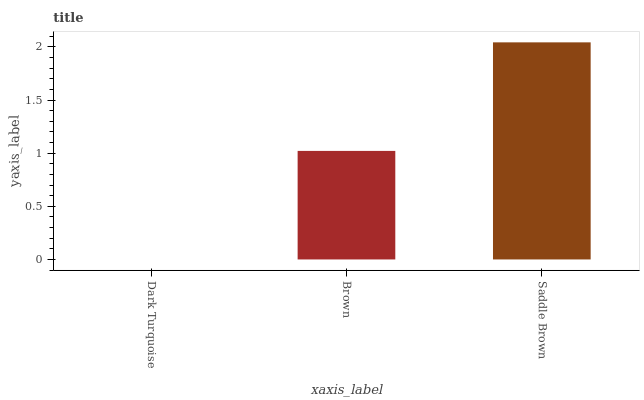
| xaxis_label | bars |
 | --- | --- |
 | Dark Turquoise | 0 |
 | Brown | 1.02 |
 | Saddle Brown | 2.04 |